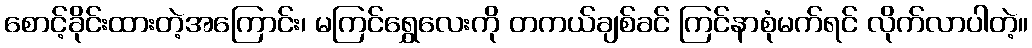
စောင့်ခိုင်းထားတဲ့အကြောင်း၊ မကြင်ရွှေလေးကို တကယ်ချစ်ခင် ကြင်နာစုံမက်ရင် လိုက်လာပါတဲ့။